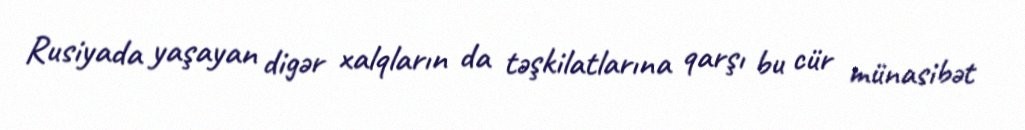
Rusiyada yaşayan digər xalqların da təşkilatlarına qarşı bu cür münasibət